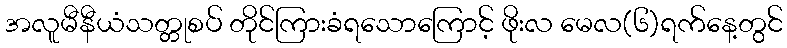
အလူမီနီယံသတ္တုစပ် တိုင်ကြားခံရသောကြောင့် ဖိုးလ မေလ(၆)ရက်နေ့တွင်